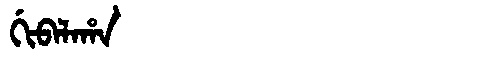
Manchu: ᡤᡳᠪᠠᠯᠠᡥᠠ
Romanization: GIBALAHA